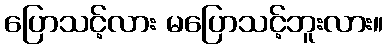
ပြောသင့်လား မပြောသင့်ဘူးလား။